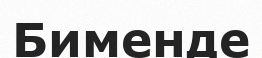
Бименде